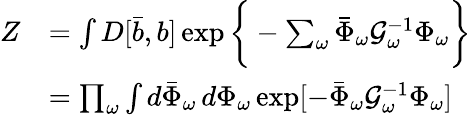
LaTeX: \begin{array}{rl}{Z}&{=\int D[\bar{b},b]\exp\bigg\{ -\sum_{\omega}\bar{\Phi}_{\omega}\mathcal{G}_{\omega}^{-1}\Phi_{\omega}\bigg\} }\\ &{=\prod_{\omega}\int d\bar{\Phi}_{\omega}\, d\Phi_{\omega}\exp[-\bar{\Phi}_{\omega}\mathcal{G}_{\omega}^{-1}\Phi_{\omega}]}\end{array}